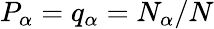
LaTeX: P_{\alpha}=q_{\alpha}=N_{\alpha}/N